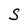
Character: S